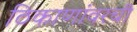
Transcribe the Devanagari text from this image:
ठिकाणांवरची